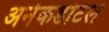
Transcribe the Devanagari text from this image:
अनेकडोटल